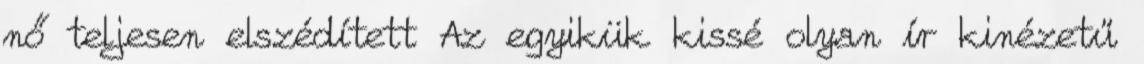
nő teljesen elszédített Az egyikük kissé olyan ír kinézetű